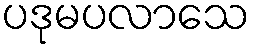
ပဒုမပလာသေ